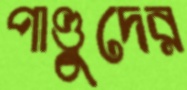
পাণ্ডুদের